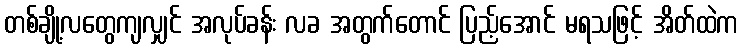
တစ်ချို့လတွေကျလျှင် အလုပ်ခန်း လခ အတွက်တောင် ပြည့်အောင် မရသဖြင့် အိတ်ထဲက